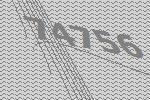
74756